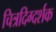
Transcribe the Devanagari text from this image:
चित्रदिग्दर्शक